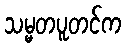
သမ္မတပူတင်က